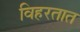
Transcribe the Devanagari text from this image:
विहरतात